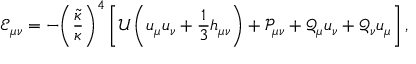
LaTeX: { { \mathcal { E } } _ { \mu \nu } } = - { { \left( { \frac { \tilde { \kappa } } { \kappa } } \right) } ^ { 4 } } \left[ { \mathcal { U } } \left( { u _ { \mu } } { u _ { \nu } } + { \frac { 1 } { 3 } } { h _ { \mu \nu } } \right) + { { \mathcal { P } } _ { \mu \nu } } + { { \mathcal { Q } } _ { \mu } } { u _ { \nu } } + { { \mathcal { Q } } _ { \nu } } { u _ { \mu } } \right] ,